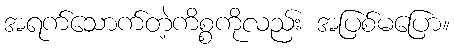
အရက်သောက်တဲ့ကိစ္စကိုလည်း အပြစ်မပြော။